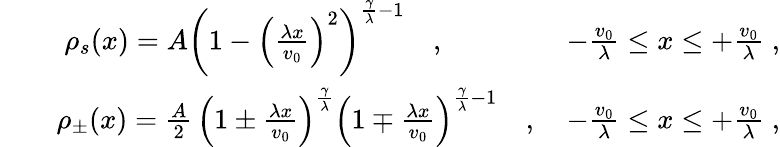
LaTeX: \begin{array}{rlr}&{}&{\rho_{s}(x)=A\left(1-\left(\frac{\lambda x}{v_{0}}\right)^{2}\right)^{\frac{\gamma}{\lambda}-1}\quad,\quad\quad\quad\quad\; -\frac{v_{0}}{\lambda}\leq x\leq+\frac{v_{0}}{\lambda}\; ,}\\ &{}&{\rho_{\pm}(x)=\frac{A}{2}\, \left(1\pm\frac{\lambda x}{v_{0}}\right)^{\frac{\gamma}{\lambda}}\left(1\mp\frac{\lambda x}{v_{0}}\right)^{\frac{\gamma}{\lambda}-1}\quad,\quad-\frac{v_{0}}{\lambda}\leq x\leq+\frac{v_{0}}{\lambda}\; ,}\end{array}